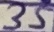
Text: 35